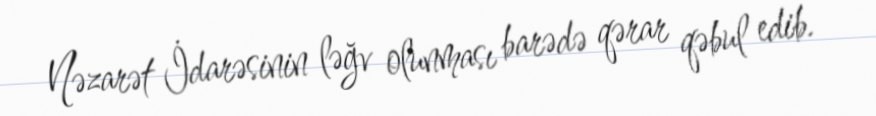
Nəzarət İdarəsinin ləğv olunması barədə qərar qəbul edib.